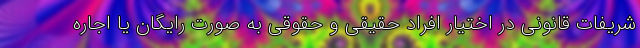
شریفات قانونی در اختیار افراد حقیقی و حقوقی به صورت رایگان یا اجاره